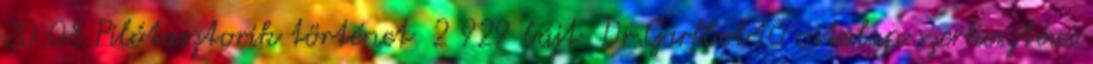
20:08 ‎Pilótasztorik történet ‎ 2 929 bájt ‎Dr.Garfbob10 vitalap szerkesztései